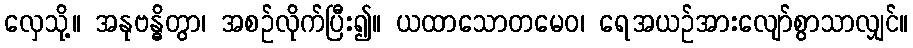
လှေသို့။ အနုဗန္ဓိတွာ၊ အစဉ်လိုက်ပြီး၍။ ယထာသောတမေဝ၊ ရေအယဉ်အားလျော်စွာသာလျှင်။